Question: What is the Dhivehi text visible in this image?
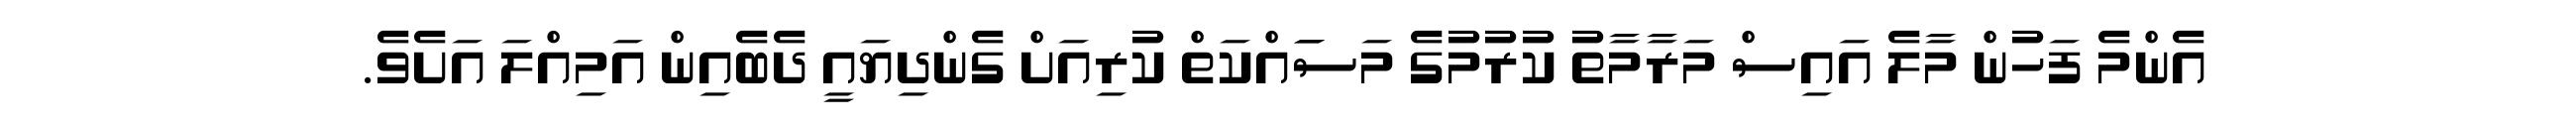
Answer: އެންމެ ފަހުން މާލެ އައިސް މަރާމާތު ކުރުމުގެ މަސަައްކަތް ކުރިއަށް ގެންދިޔައީ ދެބެއިން އަމިއްލަ އަށެވެ.